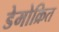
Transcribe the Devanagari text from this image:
डेमोक्रित